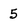
Character: 5